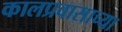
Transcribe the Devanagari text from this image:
कालप्रवासाच्या